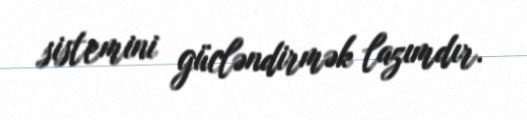
sistemini gücləndirmək lazımdır.